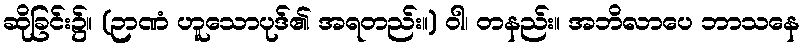
ဆိုခြင်း၌။ (ဉာဏံ ဟူသောပုဒ်၏ အရတည်း။) ဝါ၊ တနည်း။ အဘိလာပေ ဘာသနေ